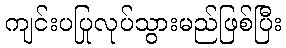
ကျင်းပပြုလုပ်သွားမည်ဖြစ်ပြီး